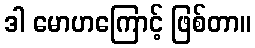
ဒါ မောဟကြောင့် ဖြစ်တာ။